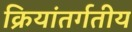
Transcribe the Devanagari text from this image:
क्रियांतर्गतीय